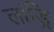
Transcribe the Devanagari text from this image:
लांड्रि